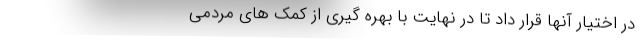
در اختیار آنها قرار داد تا در نهایت با بهره گیری از کمک های مردمی